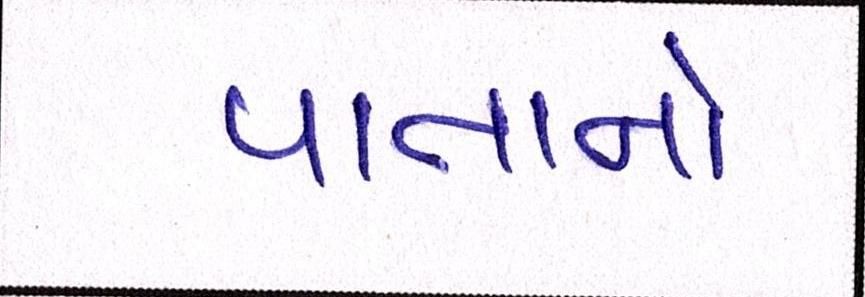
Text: પાતાનો